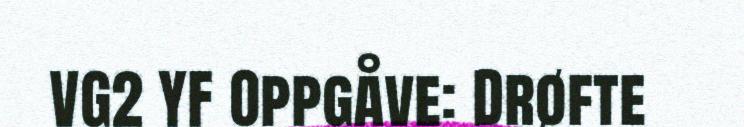
VG2 YF Oppgåve: Drøfte